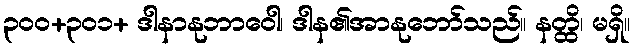
၃၀၀+၃၀၁+ ဒါနာနုဘာဝေါ၊ ဒါန၏အာနုဘော်သည်။ နတ္ထိ၊ မရှိ။